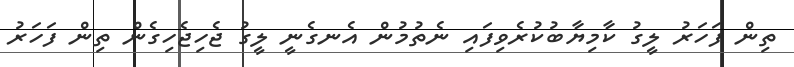
ތިން ފަހަރު ލީގު ކާމިޔާބުކުރެވިފައި ނެތުމުން އެނގެނީ ލީގު ޖެހިޖެހިގެން ތިން ފަހަރު